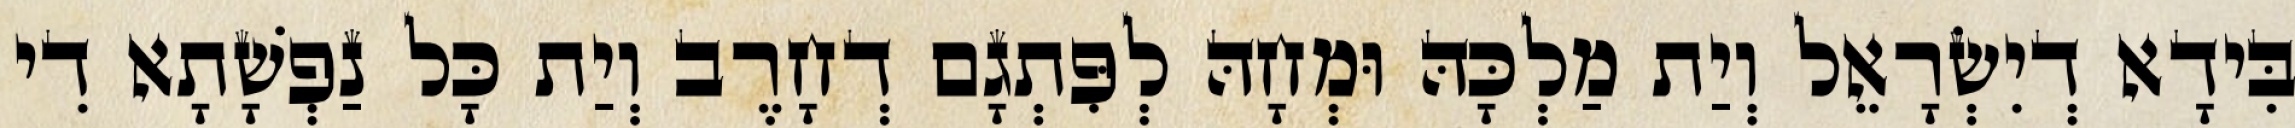
בִּידָא דְיִשְׂרָאֵל וְיַת מַלְכָּהּ וּמְחָהּ לְפִּתְגָם דְחָרֶב וְיַת כָּל נַפְשָׁתָא דִי